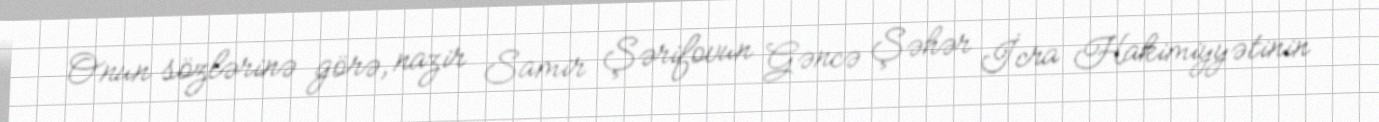
Onun sözlərinə görə, nazir Samir Şərifovun Gəncə Şəhər İcra Hakimiyyətinin